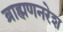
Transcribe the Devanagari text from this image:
ब्राह्मणनरेश